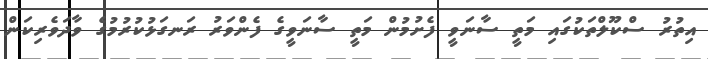
އިތުރު ސްކޫލްތަކުގައި މަތީ ސާނަވީ ފެށުމުން މަތީ ސާނަވީގެ ފެންވަރު ރަނގަޅުކުރުމުގެ ވާދަވެރިކަން